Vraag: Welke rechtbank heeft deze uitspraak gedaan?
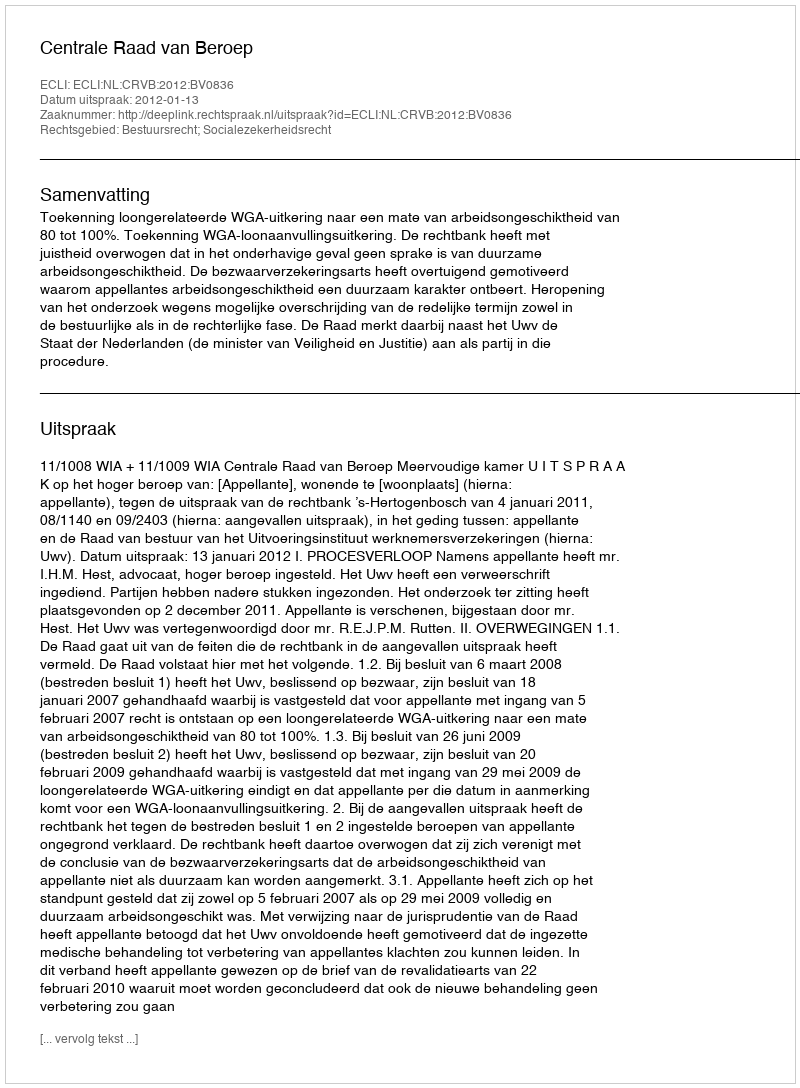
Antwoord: Centrale Raad van Beroep